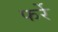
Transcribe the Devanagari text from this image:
फर्रे